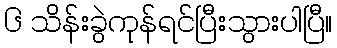
၆ သိန်းခွဲကုန်ရင်ပြီးသွားပါပြီ။